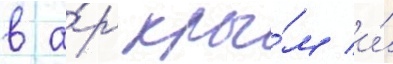
в а́р кры́м и́